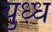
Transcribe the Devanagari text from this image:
युध्ध